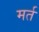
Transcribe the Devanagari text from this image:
मर्त